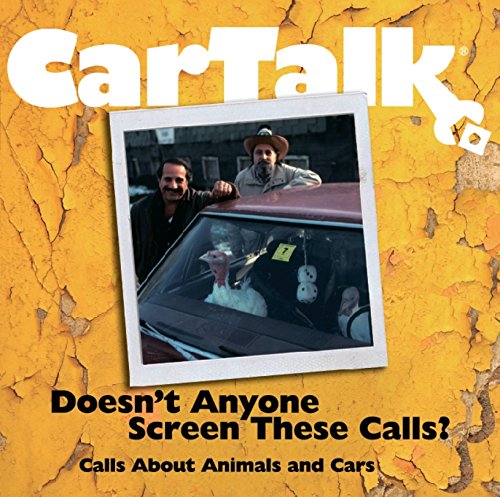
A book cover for Car Talk: Doesn't Anyone Screen These Calls: Call About Animals and Cars; Tom Magliozzi; Humor & Entertainment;